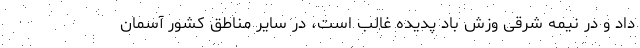
داد و در نیمه شرقی وزش باد پدیده غالب است، در سایر مناطق کشور آسمان